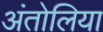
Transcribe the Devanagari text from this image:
अंतोलिया